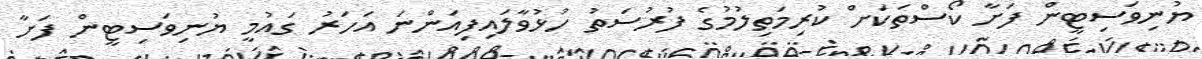
ޔުނިވަސިޓީން ފަށާ ކޯސްތަކަށް ކުރިމަތިލުމުގެ ފުރުސަތު ހުޅުވާލައިފިއަންނަ އަހަރު ގައުމީ ޔުނިވަސިޓީން ފަށާ